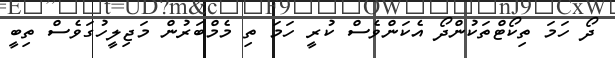
ދޯ ހަމަ ތިކޯޓްތަކުންދޯ އެކަންވެސް ކުރީ ހަމަ ތި މެމްބަރުން މަޖިލީހުގަވެސް ތިބީ